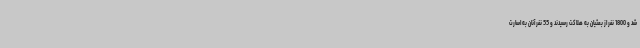
شد و 1800 نفر از بعثیان‌ به‌ هلاکت‌ رسیدند و 55 نفر آنان‌ به‌ اسارت‌